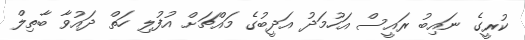
ކުރީގެ ނައިބު ރައީސް އަހުމަދު އަދީބުގެ މައްޗަށް އުފުލި ހަތް ދައުވާ ބާތިލް